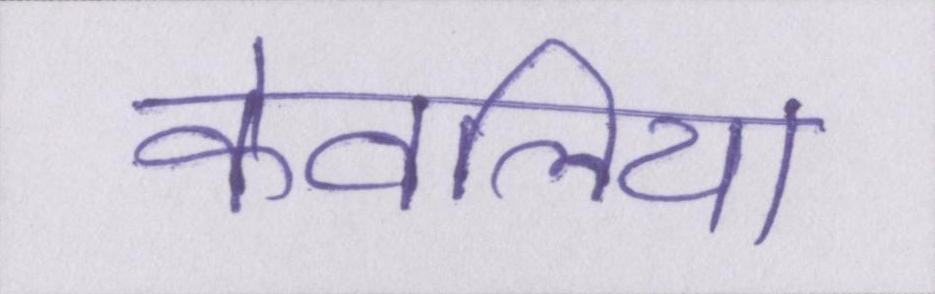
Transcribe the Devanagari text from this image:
केवलिया